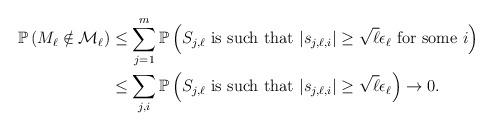
LaTeX: \begin{align*}\mathbb{P}\left( M_\ell \notin \mathcal{M}_\ell \right) &\leq \sum_{j=1}^m \mathbb{P} \left( S_{j, \ell} \ \hbox{is such that} \ |s_{j,\ell,i}| \geq \sqrt{\ell} \epsilon_\ell \ \hbox{for some} \ i \right)\\&\leq \sum_{j,i} \mathbb{P}\left( S_{j, \ell} \ \hbox{is such that} \ |s_{j,\ell,i}| \geq \sqrt{\ell} \epsilon_\ell \right) \to 0.\end{align*}